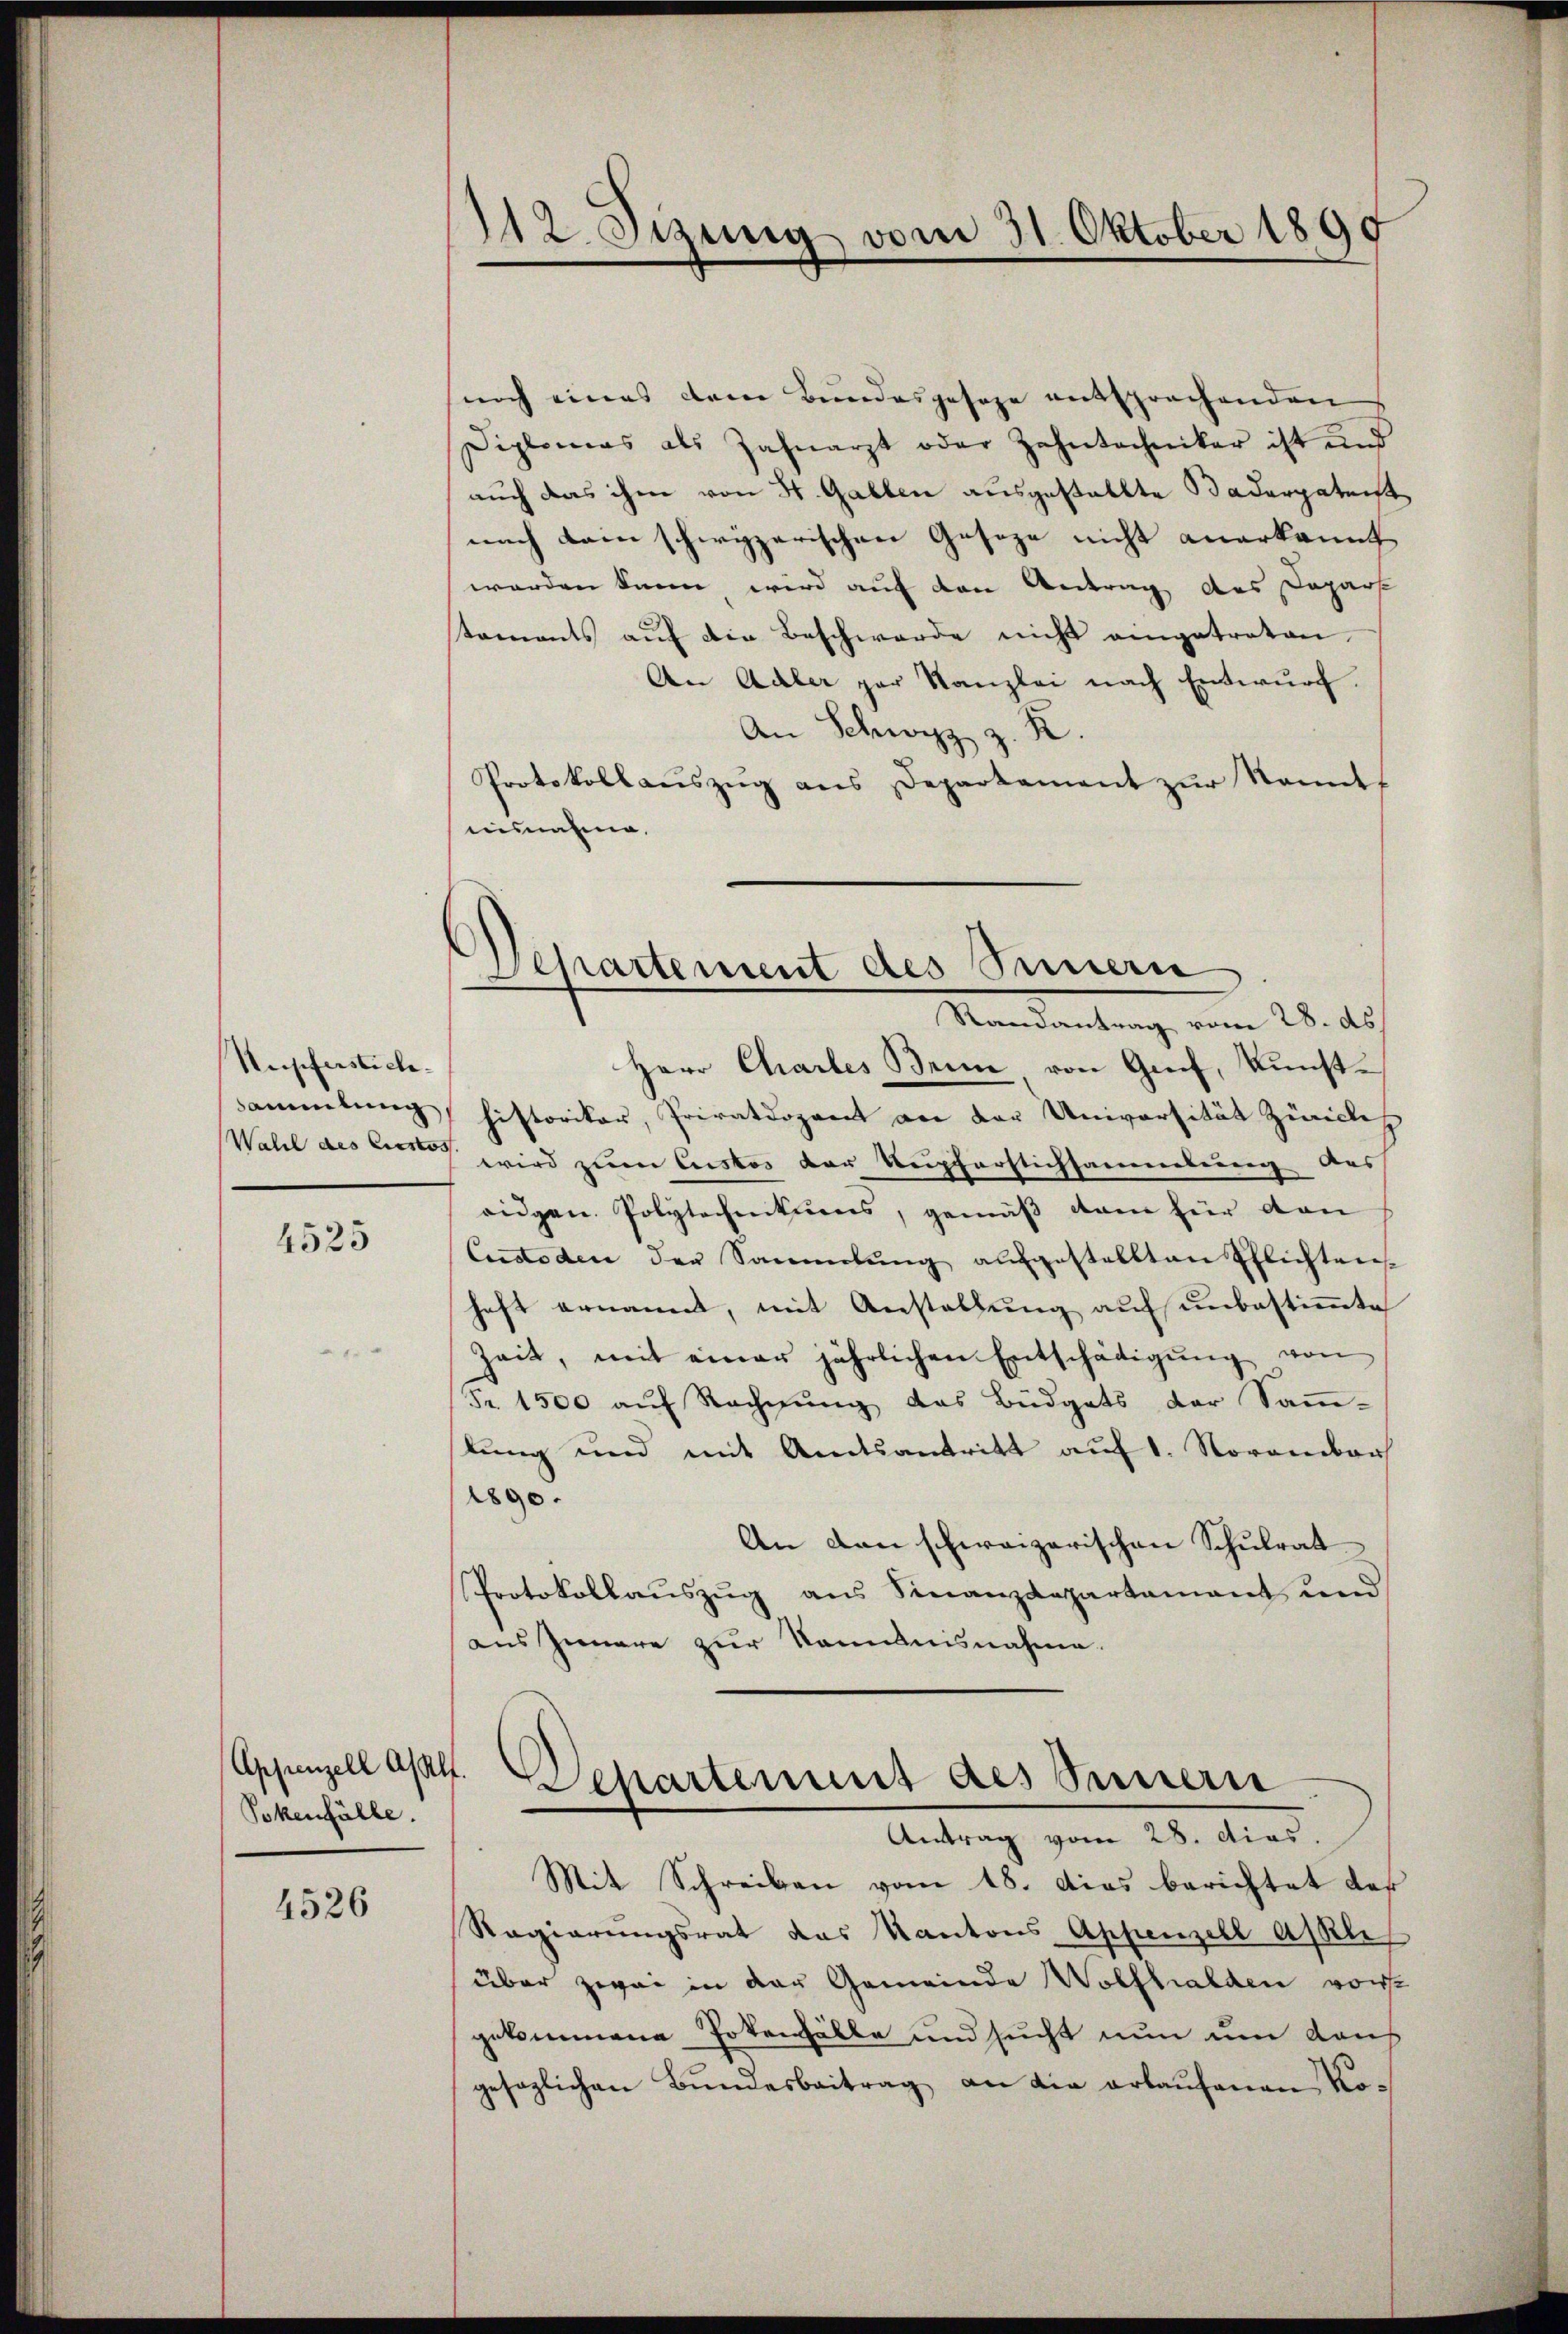
Nupferstiche
sammlung
Wall des Liestos

4525

noch eines dem Bundesgeseze entsprechenden
Diplomas als Zahnarzt oder Zahntechniker ist und
auch das ihm von St. Gallen ausgestallte Baderpatent
nach dem schwyzerischen Geseze nicht anerkannt
worden kann wird auf den Antrag des Depart
staments aŭf die Beschwerde nicht eingetreten.
An Adler par Kanzlei nach Entwurf.
An Schwyz z. R.
Protokollaŭszŭg ans Departement zŭr Nannt
einnahme.

Pokenfälle.

4526

)
Sizung vom 31. Oktober 1890

Departement des Sinnern
Randantrag vom 28. ds.

Herr Chartes Bein von Genf, kunsthistoriker, Privatdozent an der Universität Zürich
wird zum Custos der Kepferflichsammlung des
eidgen. Polytechentums, gemäß dem für den
Custoden der Sammlung aufgestellten Ehlichten
haft ernannt, mit Anstellung auf unbestimmte
Zeit, mit einer jährlichen Entschädigŭng von
Fr. 1500 auf Rechnung das Büdgets der Samm-
lung und mit Amtsantritt auf 1. November
1890.
An den schweizerischen Schulrat
Protokollaŭszŭg ans Finanzdepartamant und
aus Innere zur Kenntnisnahme.

Appenzell apat. Departement des Seinern

Antrag vom 28. dies.
Mit Schreiben vom 18. das berichtet das
Regierungsrat das Kantons Appenzell Akli
über zwei in der Gemeinde Wolfhalden vorst
gekommene Totenfälle und sucht nun um das
gesezlichen Bŭndesbeitrag an die erlaŭfenen Ko¬